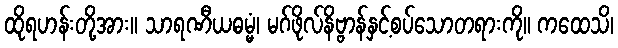
ထိုရဟန်းတို့အား။ သာရဏီယဓမ္မံ၊ မဂ်ဖိုလ်နိဗ္ဗာန်နှင့်စပ်သောတရားကို။ ကထေသိ၊